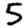
Digit: 5